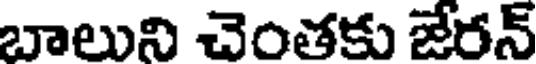
బాలుని చెంతకు జేరన్